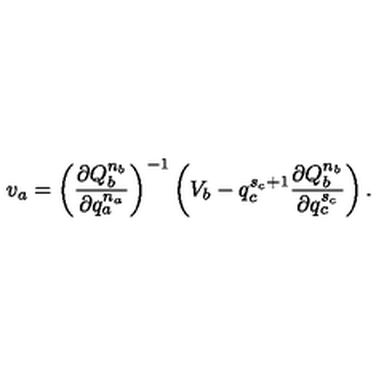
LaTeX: v _ { a } = \left( \frac { \partial Q _ { b } ^ { n _ { b } } } { \partial q _ { a } ^ { n _ { a } } } \right) ^ { - 1 } \left( V _ { b } - q _ { c } ^ { s _ { c } + 1 } \frac { \partial Q _ { b } ^ { n _ { b } } } { \partial q _ { c } ^ { s _ { c } } } \right) .